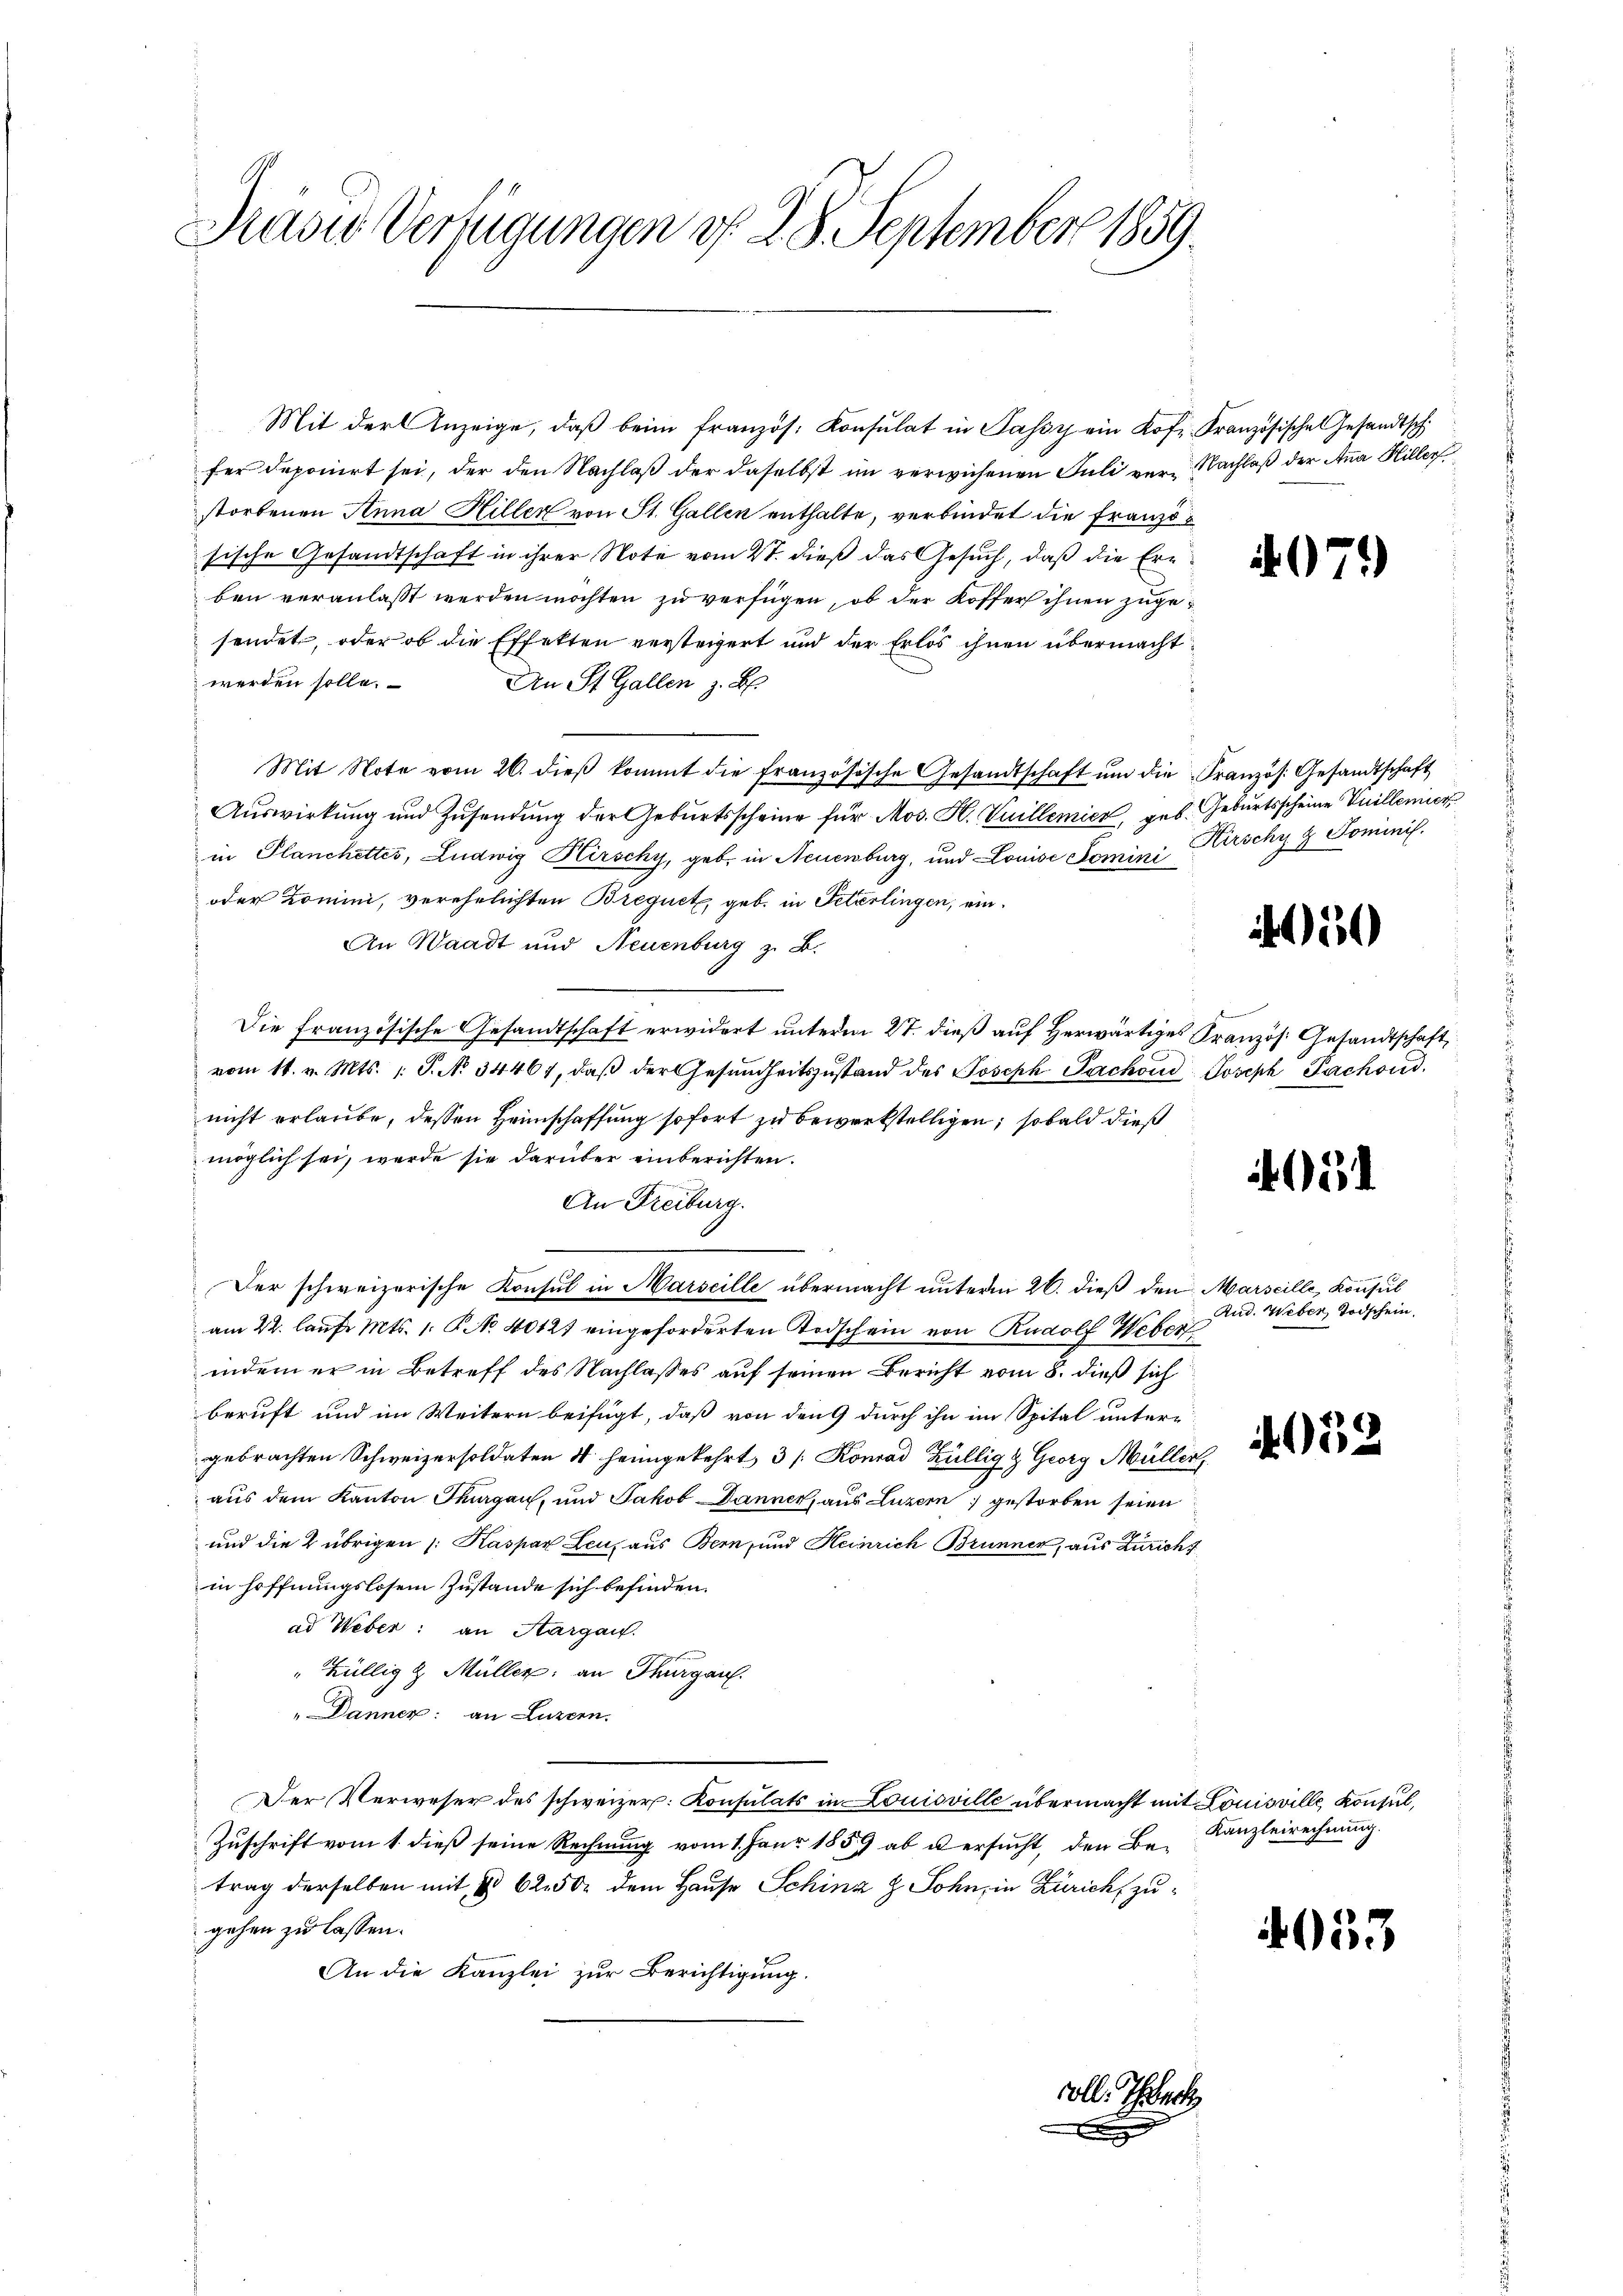
Kasis Verfügungen d. d. 8. September 1859.

184

A. G

Mit der Anzeige, daβ beim französ. Konsulat in Passy ein Kof-Französische Gesandtsch.
n
fer deponirt sei, der den Nachlaß der daselbst im verwichenen Juli vor Nachlaß der Anna Hiller
storbenen Anna Hiller von St. Gallen enthalte, verbindet die Französische Gesandtschaft in ihrer Note vom 27. dieß das Gesuch, daß die Ern
ben veranlasst werden möchten zu verfügen, ob der Koffer ihnen zugesendet, oder ob die Effetten versteigert und der Erlös ihnen übermacht
werden solle.
An St. Gallen z. B.
Mit Note vom 26. dieβ kommt die französische Gesandtschaft ŭm die Französ. Gesandtschaft
Auswirkung und Zŭsendung der Geburtsscheine für Mos. H. Vuillemier, geb. Geburtsscheine Vuillemier
in Planchettes, Ludwig Kirschy, geb. in Neuenburg, und Louise domini
oder Zomini, verehelichten Brequet, geb. in Peterlingen, ein¬
An Waadt und Neuenburg z. B.
Die Französische Gesandtschaft erwidert unterm 27. dieß auf herwärtiges Französ. Gesandtschaft
vom 14. v. Mts. 1 S. N. 34467, daβ der Gesŭndheitszŭstand des Joseph Pachoud Joseph Pachoud
nicht erlaube, dessen Heimschaffung sofort zu bewerkstelligen, sobald dieß
möglich sei, werde sie darüber einberichten.
An Freiburg.
Der schweizerische Konsul in Marseille übermacht unterm 26. dieß den Marseille, Konsul
am 22. laufe Mts. 1. No. 4012. eingeforderten Todschein von Rudolf Weber
indem er in Betreff des Nachlasses auf seinen Bericht vom 8. dieß sich
beruft und im Weitern beifügt, daß von den 9 durch ihn im Spital untere
gebrachten Schweizersoldaten 4 heimgekehrt, 3 /: Konrad Züllig & Georg Müller,
aus dem Kanton Thurgau, und Jakob Danner, aus Luzern gestorben seien
und die 2 übrigen /: Kaspar Leuz aus Bern, und Heinrich Brunner, aus Züricht
in Hoffnungslosem Zustande sich befinden.
ad Weber: an Aargau.
"Küllig & Müller an Thurgau.
" Danner: an Luzern.
Der Verweser des schweizer. Konsulats in Louisville übermacht mit Louisville Konsul,
Zuschrift vom 1. dieß seine Rechnung vom 1. Janr 1859 ab u ersucht, den Be-Kanzleirechnung.
trag derselben mit § 62, 50 dem Hause Schinz & Sohn, in Zürich, zugehen zu lassen.
An die Kanzlei zur Berichtigung.

.

¬

Kirschy & Sominis.

150

051.

Rud. Weber, Todschein.

05.

4033